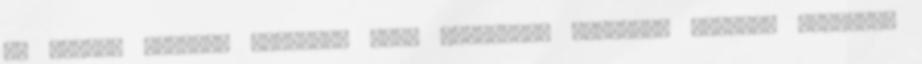
de zavart keltett bennünk, mert állandóan feltűnt, sokszor váratlan